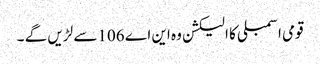
قومی اسمبلی کا الیکشن وہ این اے 106سے لڑیں گے ۔